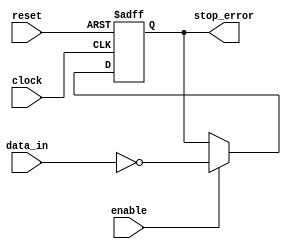
module stop_check(input wire data_in,
                  input wire enable,
                  input wire clock,
                  input wire reset,
                  output reg stop_error);
    
    reg stop_error_comb;
    
    always@(posedge clock or negedge reset)
    begin
        if (!reset)
        begin
            stop_error <= 1'b0;
        end
        else
        begin
            stop_error <= stop_error_comb;
        end
    end
    
    always@(*)
    begin
        if (enable)
        begin
            stop_error_comb = !data_in;
        end
        else
        begin
            stop_error_comb = stop_error;
        end
    end
endmodule